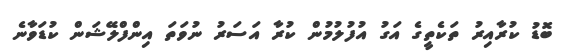
ބޮޑު ކުރާއިރު ތަކެތީގެ އަގު އުފުލުމުން ކުރާ އަސަރު ނުވަތަ އިންފްލޭޝަން ކުޑަވާނެ